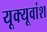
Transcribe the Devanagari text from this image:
यूक्यूवांश